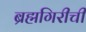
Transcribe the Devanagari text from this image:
ब्रह्मगिरीची